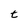
Character: t